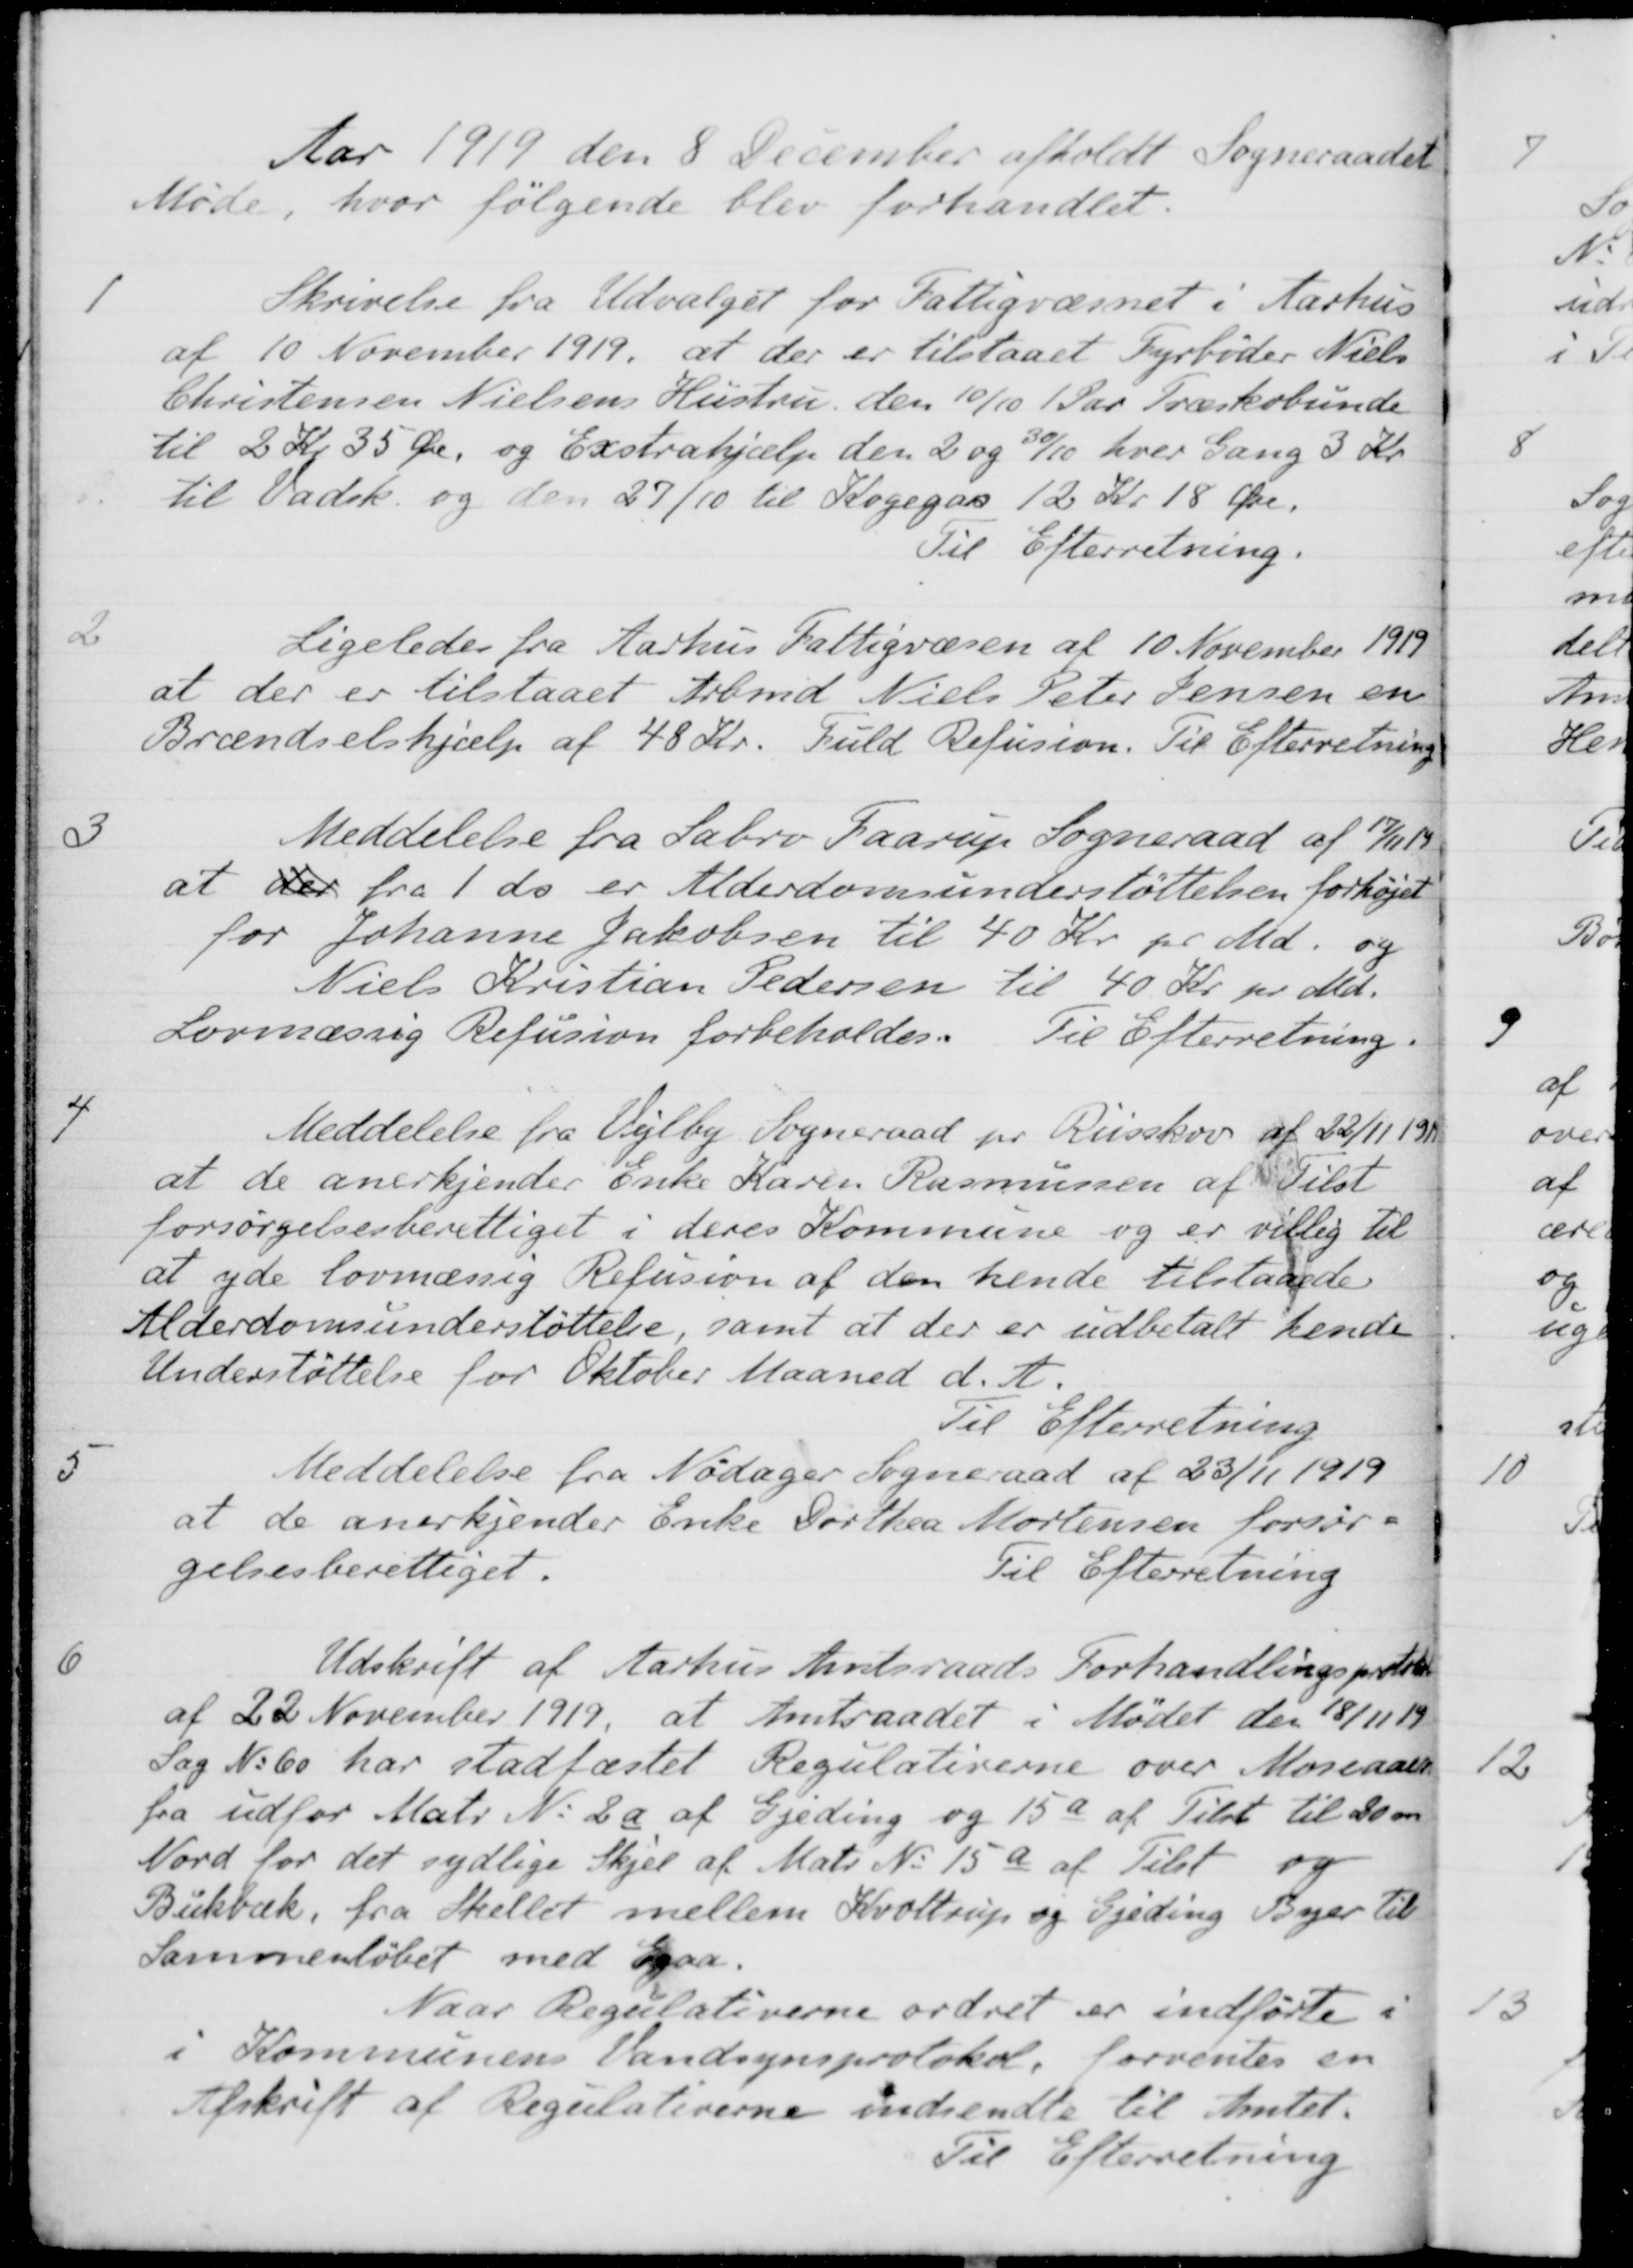
Transskription:
Aar 1919 den 8 December afholdt Sogneraadet
Møde, hvor følgende blev forhandlet.
1
Skrivelse fra Udvalget for Fattigvæsnet i Aarhus
af 10 November 1919, at der er tilstaaet Fyrbøder Niels
Christensen Nielsens Hustru den 10/10 1 Par Træskobunde
til 2 Kr 35 Øre, og Exstrahjælp den 2 og 30/10 hver Gang 3 Kr.
til Vadsk. og den 27/10 til Kogegaa 12 Kr. 18 Øre.
Til Efterretning.
2
Ligeledes fra Aarhus Fattigvæsen af 10 November 1919
at der er tilstaaet Arbmd. Niels Peter Jensen en
Brændselshjælp af 48 Kr. Fuld Refusion. Til Efterretning
3
Meddelelse fra Sabro Faarup Sogneraad af 17/11 19
at der fra 1 ds er Alderdomsunderstøttelsen forhøjet
for Johanne Jakobsen til 40 Kr pr Md. og
Niels Kristian Pedersen til 40 Kr. pr. Md.
Lovmæssig Refusion forbeholdes. Til Efterretning.
4
Meddelelse fra Vejlby Sogneraad pr. Risskov af 22/11 1919
at de anerkjender Enke Karen Rasmussen af Tilst
forsørgelsesberettiget i deres Kommune og er villig til
at yde lovmæssig Refusion af den hende tilstaaede
Alderdomsunderstøttelse, samt at der er udbetalt hende
Understøttelse for Oktober Maaned d. A.
Til Efterretning
5
Meddelelse fra Nødager Sogneraad af 23/11 1919
at de anerkjender Enke Dorthea Mortensen forsør-
gelsesberettiget.
Til Efterretning
6
Udskrift af Aarhus Amtsraads Forhandlingsprotokol
af 22 November 1919, at Amtraadet i Mødet den 18/11 19
Sag No 60 har stadfæstet Regulativerne over Moseaaen
fra udfor Matr. N. 2 a af Gjeding og 15 a af Tilst til 20 m
Nord for det sydlige Skjel af Matr. No 15 a af Tilst og
Bukbæk, fra Skellet mellem Kvottrup og Gjeding Byer til
Sammenløbet med Egaa.
Naar Regulativerne ordret er indførte i
i Kommunens Vandsynsprotokol, forventes en
Afskrift af Regulativerne indsendte til Amtet.
Til Efterretning